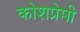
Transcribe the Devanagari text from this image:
कोशप्रेमी